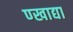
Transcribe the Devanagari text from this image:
ण्खाद्या